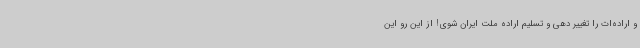
و اراده‌ات را تغییر دهی و تسلیم اراده ملت ایران شوی! از این‌ رو این